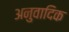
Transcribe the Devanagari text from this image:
अनुवादिक